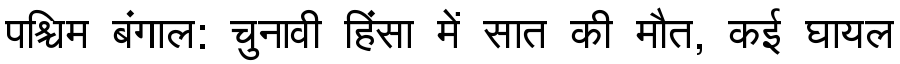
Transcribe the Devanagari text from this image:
पश्चिम बंगाल: चुनावी हिंसा में सात की मौत, कई घायल